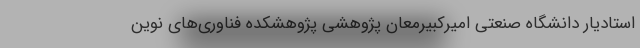
استادیار دانشگاه صنعتی امیرکبیرمعان پژوهشی پژوهشکده فناوری‌های نوین